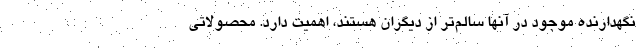
نگهدارنده موجود در آنها سالم‌تر از دیگران هستند، اهمیت دارد. محصولاتی